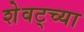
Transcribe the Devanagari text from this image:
शेवट्च्या